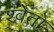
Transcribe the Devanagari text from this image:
श्‍वेतो